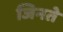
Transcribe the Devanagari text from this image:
जिनते